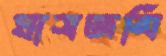
ঘাসজমি